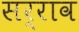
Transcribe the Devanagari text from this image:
सर्राव